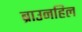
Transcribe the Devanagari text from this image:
ब्राउनहिल